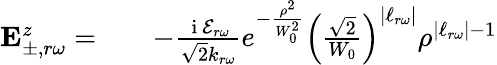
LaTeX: \begin{array}{rlr}{\mathbf{E}_{\pm,r\omega}^{z}=}&{{}}&{-\frac{\mathrm{~i~}\mathcal{E}_{r\omega}}{\sqrt{2}k_{r\omega}}e^{-\frac{\rho^{2}}{W_{0}^{2}}}\left(\frac{\sqrt{2}}{W_{0}}\right)^{|\ell_{r\omega}|}\rho^{|\ell_{r\omega}|-1}}\end{array}